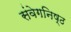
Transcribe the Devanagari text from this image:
संवेगनिष्ठ